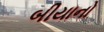
બીયાનો